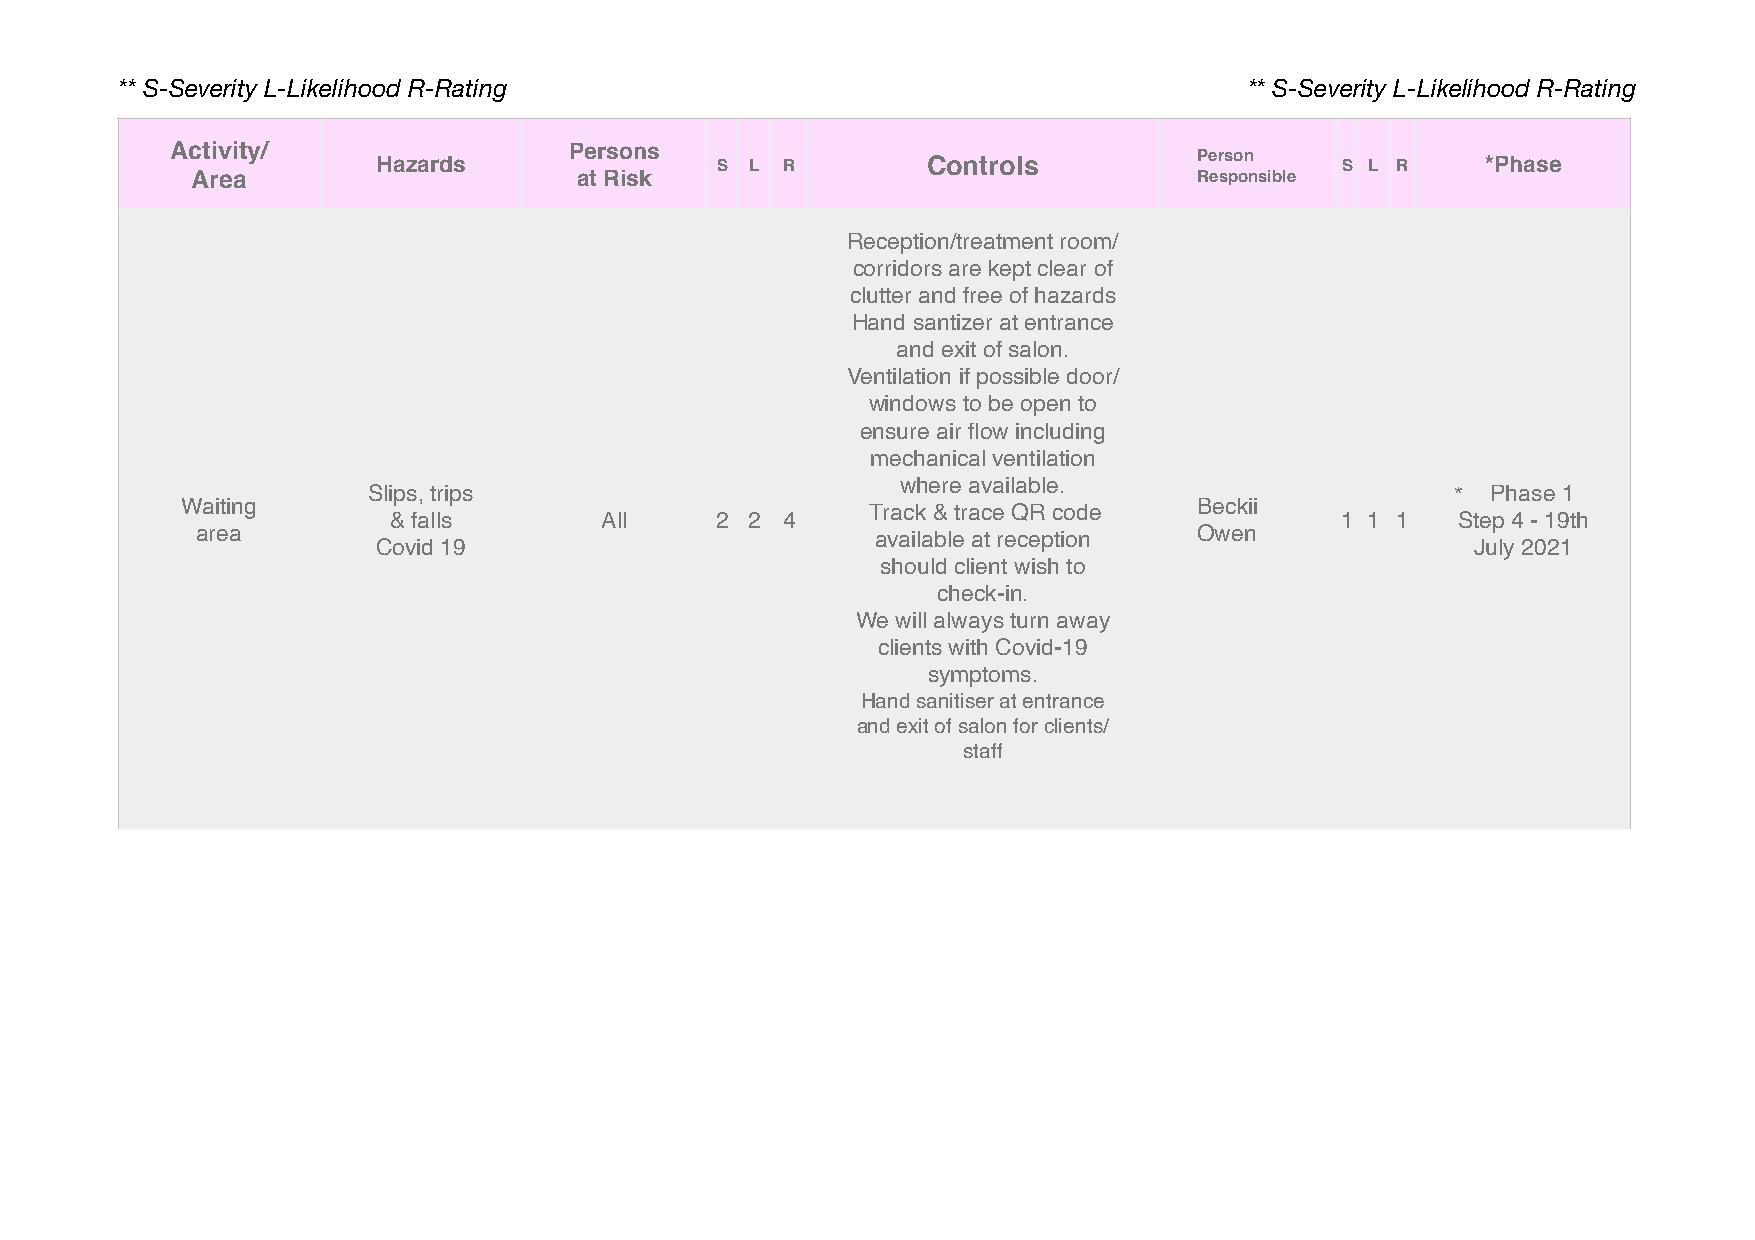
** S-Severity L-Likelihood R-Rating                                        ** S-Severity L-Likelihood R-Rating
 Activity/     Hazards      Persons  S  L R        Controls          Person    S L R    *Phase
 Area                     at Risk                                  Responsible
 Reception/treatment room/
 corridors are kept clear of
 clutter and free of hazards
 Hand santizer at entrance
 and exit of salon.
 Ventilation if possible door/
 windows to be open to
 ensure air flow including
 mechanical ventilation
 where available.
 Slips, trips                                                            *  Phase 1
 Waiting                                       Track & trace QR code Beckii
 & falls       All    2 2  4                                    1 1 1  Step 4 - 19th
 area                                         available at reception Owen
 Covid 19                                                                 July 2021
 should client wish to
 check-in.
 We will always turn away
 clients with Covid-19
 symptoms.
 Hand sanitiser at entrance
 and exit of salon for clients/
 staff